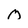
Character: M